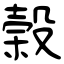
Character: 榖